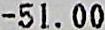
-51.00